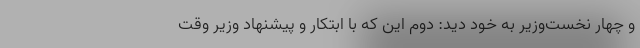
و چهار نخست‌وزیر به خود دید: دوم این که با ابتکار و پیشنهاد وزیر وقت